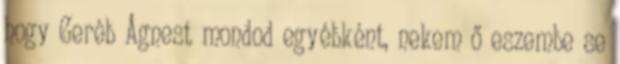
hogy Geréb Ágnest mondod egyébként, nekem ő eszembe se